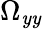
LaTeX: \Omega_{\mathit{y}\mathit{y}}